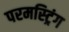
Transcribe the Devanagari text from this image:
परमस्ट्रिंग